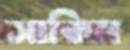
সাকিম